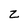
Character: z